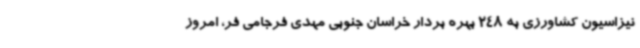
نیزاسیون کشاورزی به 248 بهره بردار خراسان جنوبی مهدی فرجامی فر، امروز